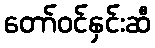
တော်ဝင်နှင်းဆီ